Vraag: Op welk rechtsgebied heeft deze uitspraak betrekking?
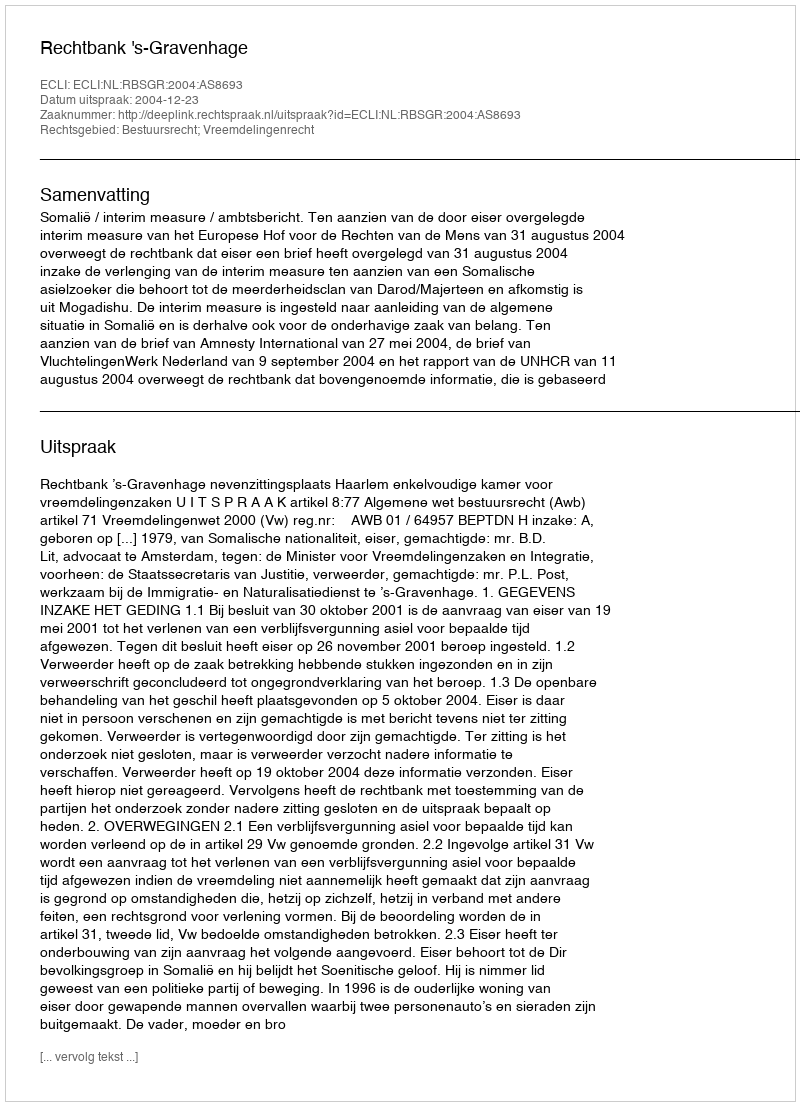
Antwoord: Bestuursrecht; Vreemdelingenrecht